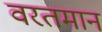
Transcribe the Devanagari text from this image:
वरतमान